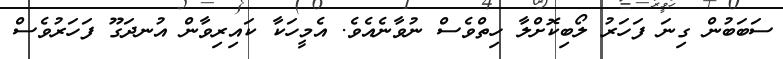
ސަބަބުން ގިނަ ފަހަރު ލޯބިކޮށްލާ ހިތްވެސް ނުވާނެއެވެ. އެމީހަކާ ކައިރިވާން އުނދަގޫ ފަހަރުވެސް